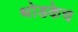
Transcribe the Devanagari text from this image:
थोडकेच